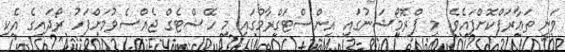
ވަނީ ތަޢާރަފްކޮށްފައެވެ. މި ޕްރޮމޯޝަނުގައި އިންސްޓަގްރާމްގައި މި ހޭޝްޓެގް ޖެއްސެވުމަށްފަހު ރޯދައިގެ އެކި